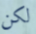
لكن